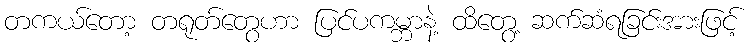
တကယ်တော့ တရုတ်တွေဟာ ပြင်ပကမ္ဘာနဲ့ ထိတွေ့ ဆက်ဆံရခြင်းအားဖြင့်